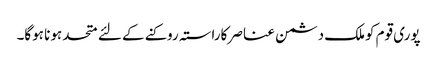
پوری قوم کوملک دشمن عناصر کاراستہ روکنے کے لئے متحد ہونا ہوگا۔